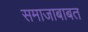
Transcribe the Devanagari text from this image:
समाजाबाबत